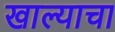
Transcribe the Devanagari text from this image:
खाल्याचा